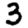
Digit: 3